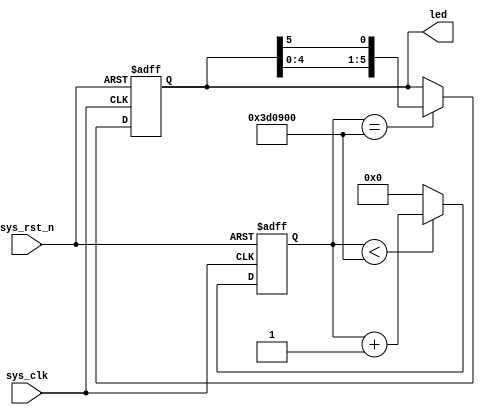
module led (
    input sys_clk,          // clk input
    input sys_rst_n,        // reset input
    output reg [5:0] led    // 110 G, 101 R, 011 B
);

reg [23:0] counter;

always @(posedge sys_clk or negedge sys_rst_n) begin
    if (!sys_rst_n)
        counter <= 24'd0;
    else if (counter < 24'd400_0000)       // 0.5s delay
        counter <= counter + 1;
    else
        counter <= 24'd0;
end

always @(posedge sys_clk or negedge sys_rst_n) begin
    if (!sys_rst_n)
        led <= 6'b111110;
    else if (counter == 24'd400_0000)       // 0.5s delay
        led[5:0] <= {led[4:0],led[5]};
    else
        led <= led;
end

endmodule